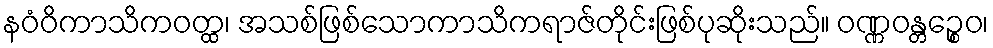
နဝံဝိကာသိကဝတ္ထ၊ အသစ်ဖြစ်သောကာသိကရာဇ်တိုင်းဖြစ်ပုဆိုးသည်။ ဝဏ္ဏဝန္တဉ္စေဝ၊